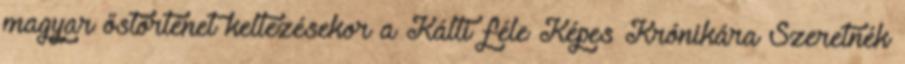
magyar őstörténet keltezésekor a Kálti féle Képes Krónikára Szeretnék